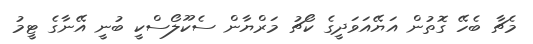
މެޗާ ބެހޭ ގޮތުން އަޔޭއަވަދީގެ ކޯޗު މަރްޔާން ސެކޫލޯސްކީ ބުނީ އޭނާގެ ޓީމު